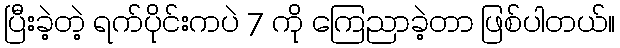
ပြီးခဲ့တဲ့ ရက်ပိုင်းကပဲ 7 ကို ကြေညာခဲ့တာ ဖြစ်ပါတယ်။